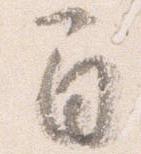
間